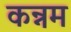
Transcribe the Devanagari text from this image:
कन्नम